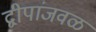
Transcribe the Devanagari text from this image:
द्वीपांजवळ